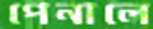
পেনালে